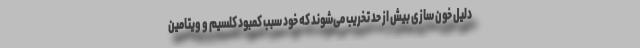
دلیل خون سازی بیش از حد تخریب می‌شوند که خود سبب کمبود کلسیم و ویتامین